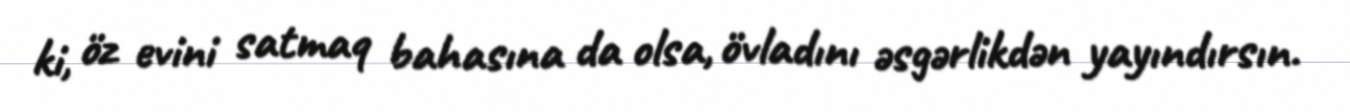
ki, öz evini satmaq bahasına da olsa, övladını əsgərlikdən yayındırsın.